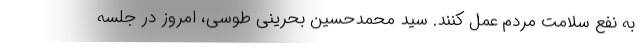
به نفع سلامت مردم عمل کنند. سید محمدحسین بحرینی طوسی، امروز در جلسه